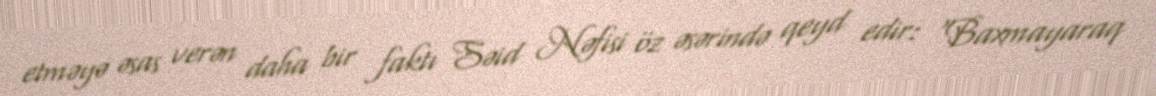
etməyə əsas verən daha bir faktı Səid Nəfisi öz əsərində qeyd edir: "Baxmayaraq